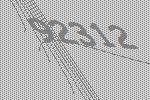
92312